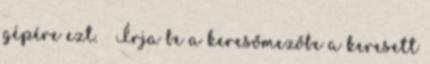
gépére ezt. ↑ Írja be a keresőmezőbe a keresett